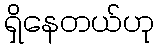
ရှိနေတယ်ဟု